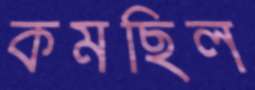
কমছিল